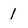
Character: l